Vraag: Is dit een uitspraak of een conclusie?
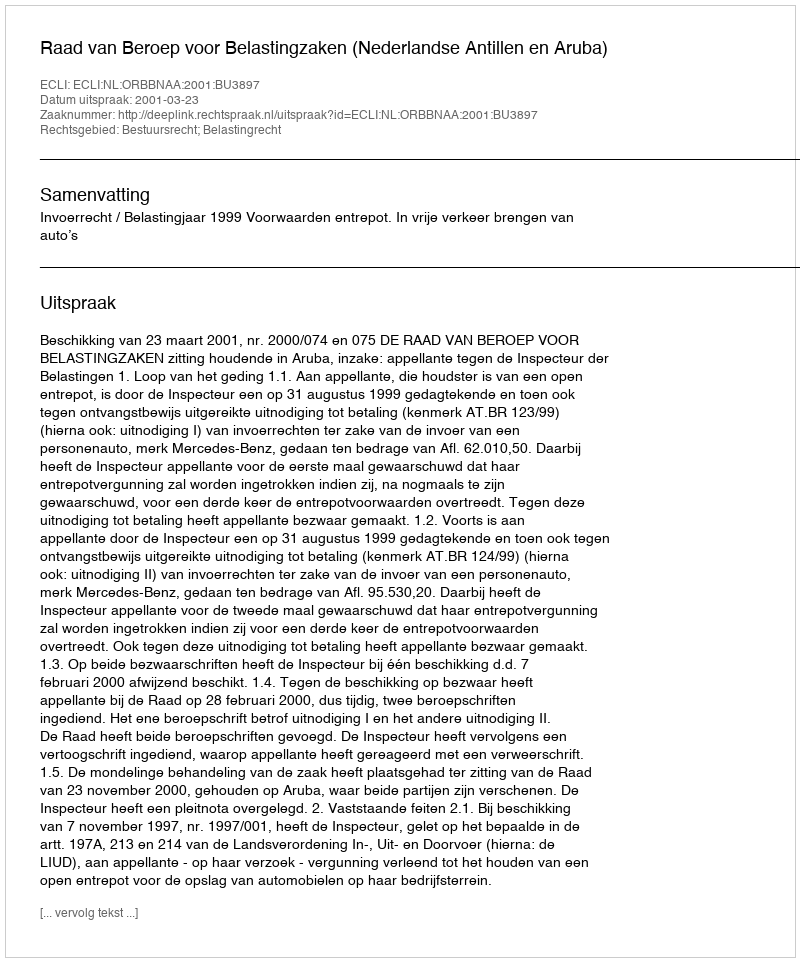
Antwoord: Uitspraak